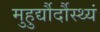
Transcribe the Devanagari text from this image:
मुहुर्द्यौर्दौस्थ्यं